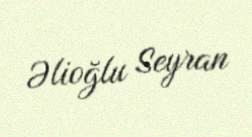
Əlioğlu Seyran